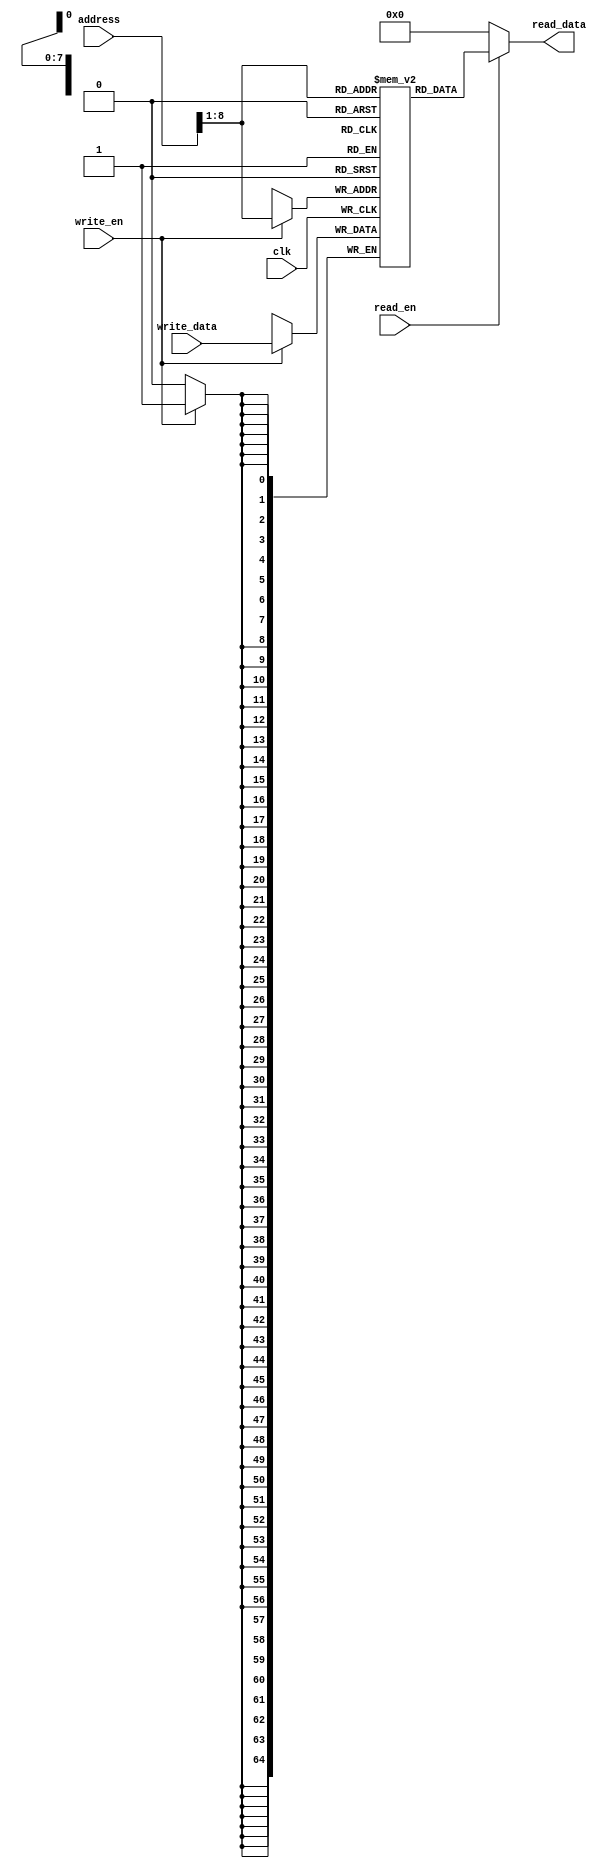
module memory (  
      input clk,   
	input [64:0] address,
      input [64:0] write_data,  
      input write_en,  
      input read_en,  
      output [64:0] read_data
 );  
      integer i;  
      reg [64:0] ram [255:0];  
      wire [7 : 0] ram_address = address[8 : 1];  
      initial begin  
           for(i=0;i<256;i=i+1)  
                ram[i] <= 16'd0;  
      end  
      always @(posedge clk) begin  
           if (write_en)  
                ram[ram_address] <= write_data;  
      end  
      assign read_data = (read_en==1'b1) ? ram[ram_address]: 16'd0;   
 endmodule